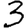
Digit: 3